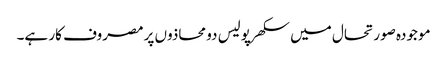
موجودہ صورتحال میں سکھرپولیس دو محاذوں پر مصروف کار ہے۔